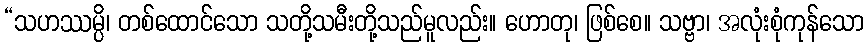
“သဟဿမ္ပိ၊ တစ်ထောင်သော သတို့သမီးတို့သည်မူလည်း။ ဟောတု၊ ဖြစ်စေ။ သဗ္ဗာ၊ အလုံးစုံကုန်သော